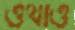
ওথাও